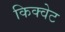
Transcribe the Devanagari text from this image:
किक्वेट